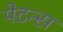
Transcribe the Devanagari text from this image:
पेटन्स